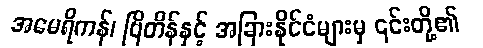
အမေရိကန်၊ ဗြိတိန်နှင့် အခြားနိုင်ငံများမှ ၎င်းတို့၏